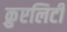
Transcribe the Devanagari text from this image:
क्रुएलिटी